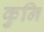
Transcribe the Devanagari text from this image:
कुनि